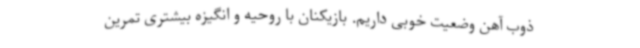
ذوب آهن وضعیت خوبی داریم. بازیکنان با روحیه و انگیزه بیشتری تمرین